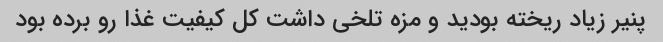
پنیر زیاد ریخته بودید و مزه تلخی داشت کل کیفیت غذا رو برده بود